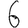
Digit: 6